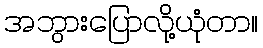
အဘွားပြောလို့ယုံတာ။